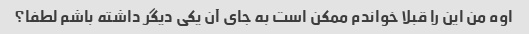
اوه من این را قبلا خواندم ممکن است به جای آن یکی دیگر داشته باشم لطفا؟